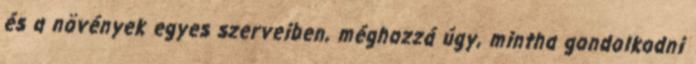
és a növények egyes szerveiben, méghozzá úgy, mintha gondolkodni